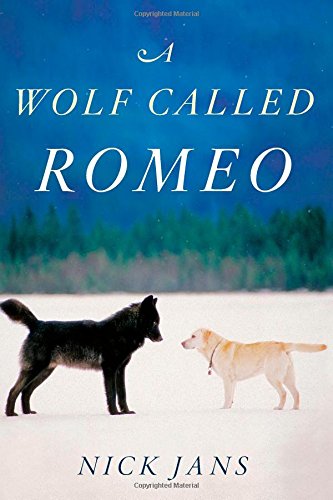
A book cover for A Wolf Called Romeo; Nick Jans; Biographies & Memoirs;